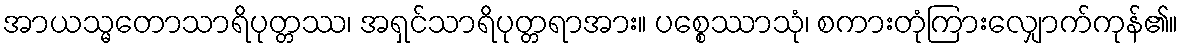
အာယသ္မတောသာရိပုတ္တဿ၊ အရှင်သာရိပုတ္တရာအား။ ပစ္စေဿာသုံ၊ စကားတုံကြားလျှောက်ကုန်၏။